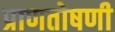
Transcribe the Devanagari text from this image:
प्राणतोषणी